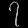
Digit: ၇